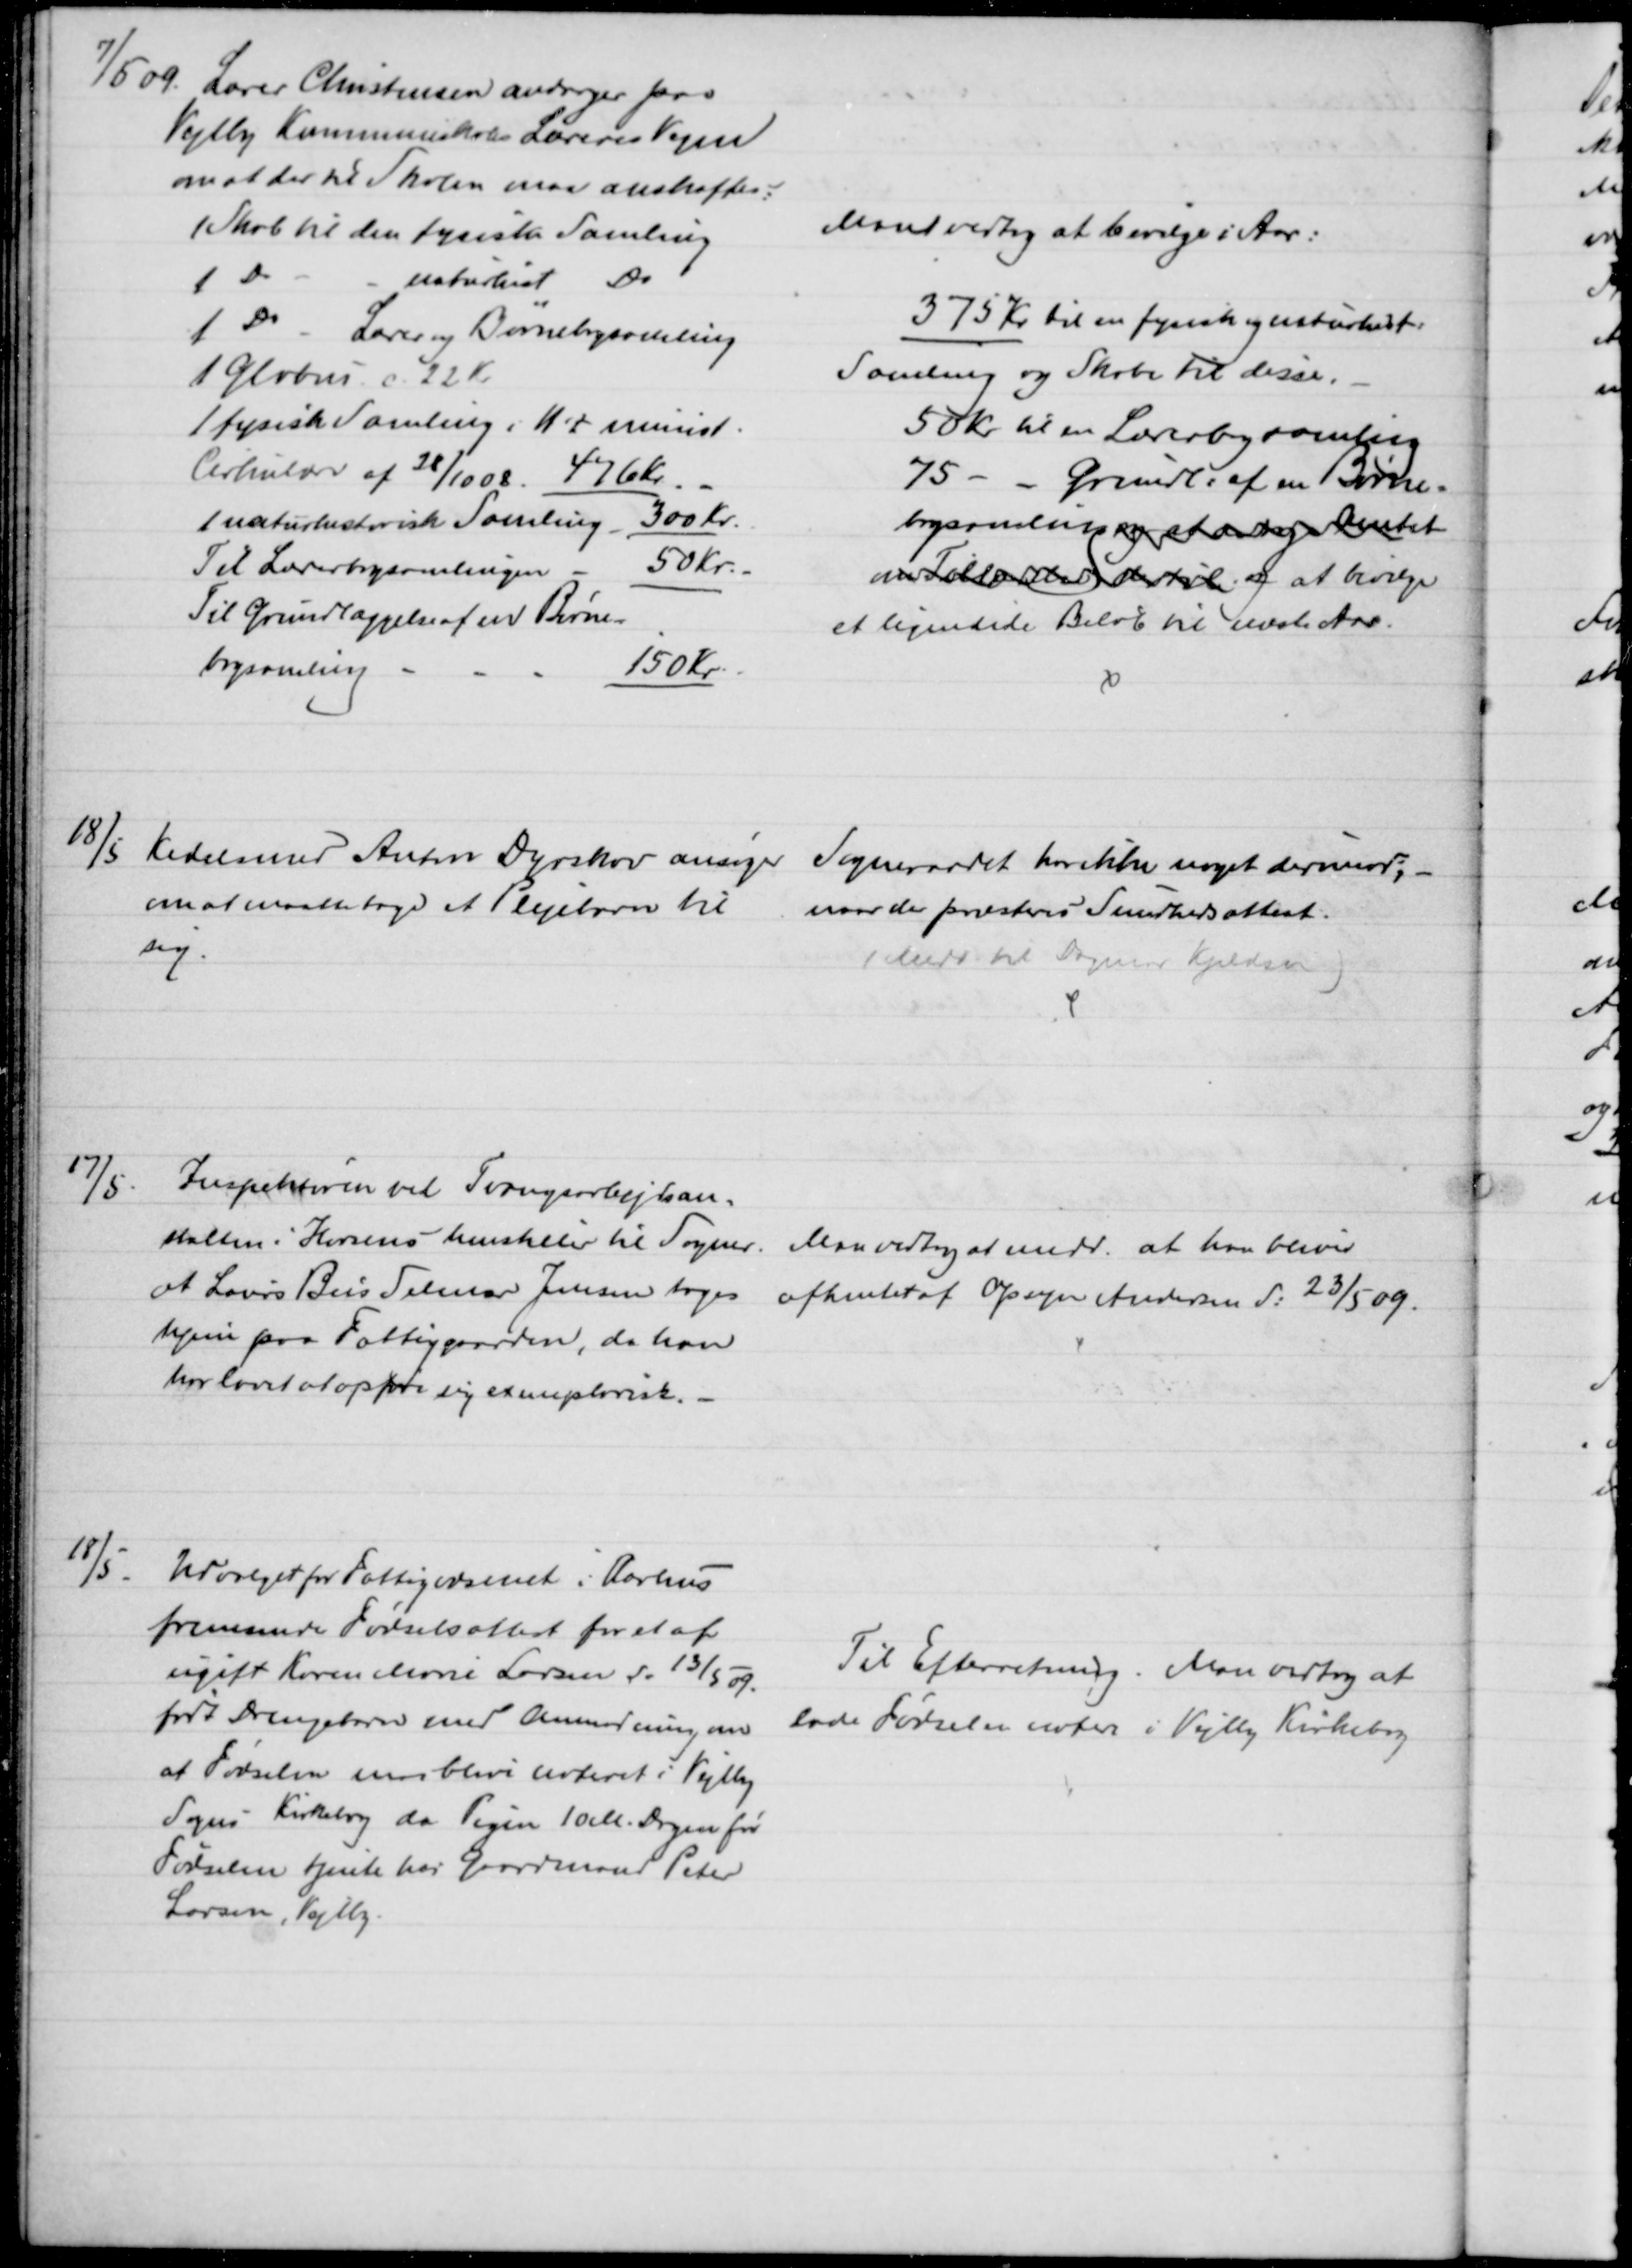
Transskription:
7/5 09. Lærer Christensen andrager paa
Vejlby Kommuneskoles Læreres Vegne
om at der til Skolen maa anskaffes:
1 Skab til den fysiske Samling
1 Do
naturhist. Do
1 Do
Lærer og Børnebogsamling
1 Globus c 22 Kr.
1 fysisk Samling i H. t minist.
Cirkulære af 28/10 08 476 Kr.
1 naturhistorisk Samling
300 Kr.
Til Lærerbogsamlingen
50 Kr.
Til Grundlæggelse af en Børne-
bogsamling
150 Kr.
Man vedtog at bevilge i Aar:
375 Kr til en fysisk og naturhist:
Samling og Skabe til disse.
50 Kr. til en Lærerbogsamling
75 - - Grundl: af en Børne-
bogsamling og at ansøge Amtet
om Tilladelse til og at bevilge
et lignende Beløb til næste Aar.
18/5 Kedelsmed Anton Dyrskov ansøger 
om at maatte tage et Plejebarn til
sig.
Sogneraadet har ikke noget derimod;
naar der præsteres Sundhedsattest.
(Medd til Dagmar Kjeldsen)
17/5.
Inspektøren vil Tvangsarbejdsan=
stalten i Horsens henstiller til Sogner.
at Laurs Beis Selmer Jensen tages
hjem paa Fattiggaarden, da han
har lovet at opføre sig exemplarisk.
Man vedtog at medd. at han bliver
afhentet af Opsyn Andersen d: 23/5 09.
18/5.
Udvalget for Fattigvæsenet i Aarhus
fremsender Fødselsattest for et af
ugift Karen Marie Larsen d. 13/5 09.
født Drengebarn med Anmodning om
at Fødselen maa blive noteret i Vejlby
Sogns Kirkebog da Pigen 10 M. Dagen før
Fødselen tjente hos Gaardmand Peter
Larsen, Vejlby.
Til Efterretning. Man vedtog at
lade Fødselen notere i Vejlby Kirkebog